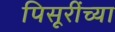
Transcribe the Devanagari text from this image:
पिसूरींच्या